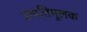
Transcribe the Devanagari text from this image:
उत्पत्तिमूलक